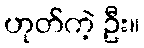
ဟုတ်ကဲ့ ဦး။